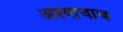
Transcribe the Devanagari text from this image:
अश्याचाच